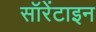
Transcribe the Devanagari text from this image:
सॉरेंटाइन